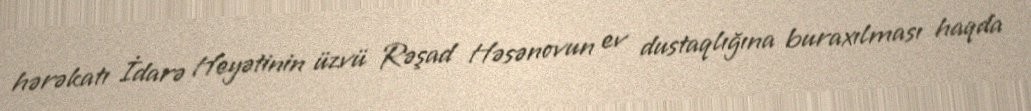
hərəkatı İdarə Heyətinin üzvü Rəşad Həsənovun ev dustaqlığına buraxılması haqda